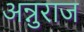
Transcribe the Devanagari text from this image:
अन्नुराज